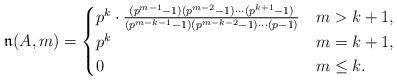
LaTeX: \begin{align*} \mathfrak{n}(A,m)=\begin{cases} p^k\cdot\frac{(p^{m-1}-1)(p^{m-2}-1)\cdots(p^{k+1}-1)}{(p^{m-k-1}-1)(p^{m-k-2}-1)\cdots(p-1)} &m>k+1,\\ p^k & m=k+1,\\ 0 & m\leq k. \end{cases} \end{align*}